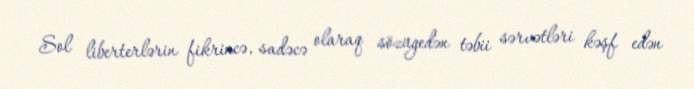
Sol liberterlərin fikrincə, sadəcə olaraq sözügedən təbii sərvətləri kəşf edən